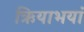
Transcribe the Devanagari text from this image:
ऋियाभयां